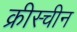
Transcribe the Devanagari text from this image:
क्रीस्चीन